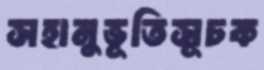
সহানুভূতিসূচক